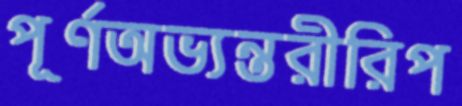
পূর্ণঅভ্যন্তরীরিপ